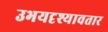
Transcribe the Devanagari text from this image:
उभयदृश्यावतार